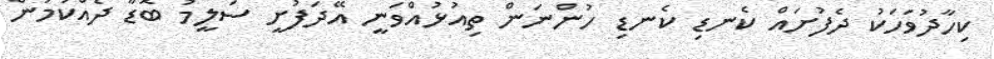
ކިހާދުވަހަކު ދެފުށައް ކެނޑި ކެނޑި ހުންނަން ތިއުޅުއްވަނީ އޭދަފުށީ ސަލީމު ބޮޑާ ދެއްކުމުން